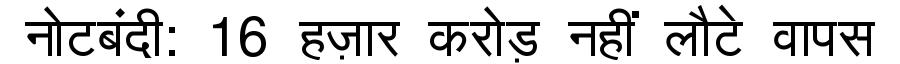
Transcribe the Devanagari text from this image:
नोटबंदी: 16 हज़ार करोड़ नहीं लौटे वापस